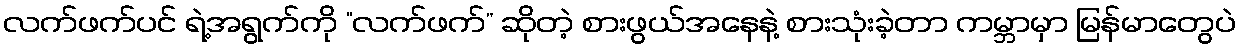
လက်ဖက်ပင် ရဲ့အရွက်ကို “လက်ဖက်” ဆိုတဲ့ စားဖွယ်အနေနဲ့ စားသုံးခဲ့တာ ကမ္ဘာမှာ မြန်မာတွေပဲ